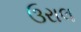
ઉરાલ